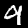
Digit: 9